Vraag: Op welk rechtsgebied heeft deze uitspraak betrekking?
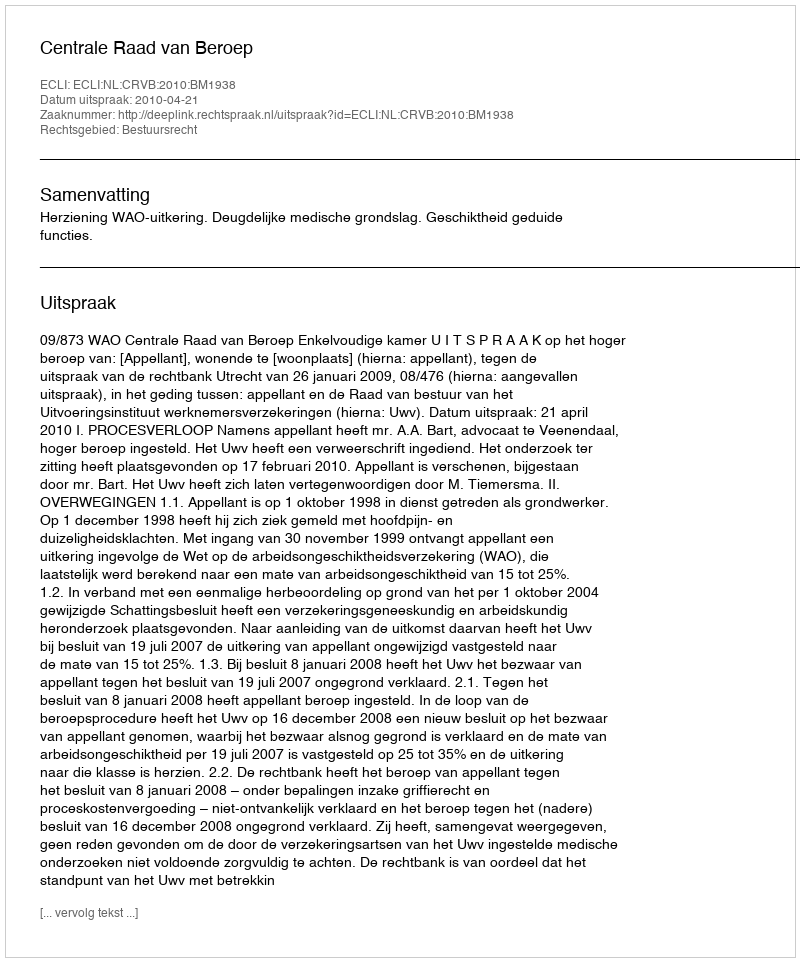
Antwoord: Bestuursrecht